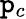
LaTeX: \mathtt{p}_{c}